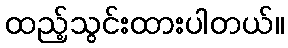
ထည့်သွင်းထားပါတယ်။